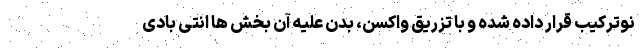
نوترکیب قرار داده شده و با تزریق واکسن، بدن علیه آن بخش ها انتی بادی